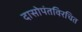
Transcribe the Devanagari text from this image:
दासोपंतविरचित